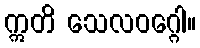
ဣတိ သေလဝဂ္ဂေါ။